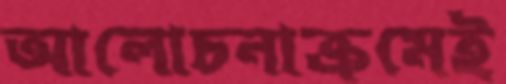
আলোচনাক্রমেই